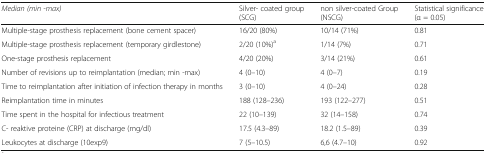
<table><thead><tr><td><b><i>Median (min -max)</i></b></td><td><b>Silver- coated group (SCG)</b></td><td><b>non silver-coated Group (NSCG)</b></td><td><b>Statistical significance (α = 0.05)</b></td></tr></thead><tbody><tr><td>Multiple-stage prosthesis replacement (bone cement spacer)</td><td>16/20 (80%)</td><td>10/14 (71%)</td><td>0.81</td></tr><tr><td>Multiple-stage prosthesis replacement (temporary girdlestone)</td><td>2/20 (10%)<sup>a</sup></td><td>1/14 (7%)</td><td>0.71</td></tr><tr><td>One-stage prosthesis replacement</td><td>4/20 (20%)</td><td>3/14 (21%)</td><td>0.61</td></tr><tr><td>Number of revisions up to reimplantation (median; min -max)</td><td>4 (0–10)</td><td>4 (0–7)</td><td>0.19</td></tr><tr><td>Time to reimplantation after initiation of infection therapy in months</td><td>3 (0–10)</td><td>4 (0–24)</td><td>0.28</td></tr><tr><td>Reimplantation time in minutes</td><td>188 (128–236)</td><td>193 (122–277)</td><td>0.51</td></tr><tr><td>Time spent in the hospital for infectious treatment</td><td>22 (10–139)</td><td>32 (14–158)</td><td>0.74</td></tr><tr><td>C- reaktive proteine (CRP) at discharge (mg/dl)</td><td>17.5 (4.3–89)</td><td>18.2 (1.5–89)</td><td>0.39</td></tr><tr><td>Leukocytes at discharge (10exp9)</td><td>7 (5–10.5)</td><td>6,6 (4.7–10)</td><td>0.92</td></tr></tbody></table>